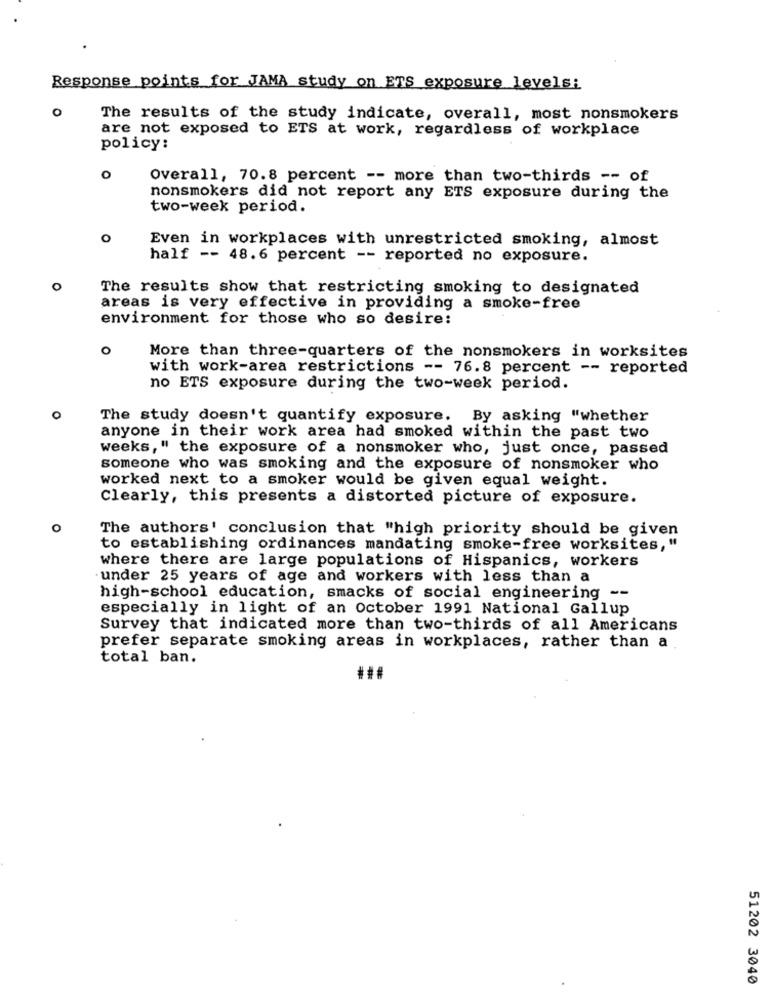
Response points for JAMA study on ETS exposure levels;
0
The results of the study indicate, overall, most nonsmokers
are not exposed to ETS at work, regardless of workplace
policy:
0
Overall, 70.8 percent -- more than two-thirds -- of
nonsmokers did not report any ETS exposure during the
two-week period.
O
Even in workplaces with unrestricted smoking, almost
half -- 48.6 percent -- reported no exposure.
O
The results show that restricting smoking to designated
areas is very effective in providing a smoke-free
environment for those who so desire:
O
More than three-quarters of the nonsmokers in worksites
with work-area restrictions -- 76.8 percent -- reported
no ETS exposure during the two-week period.
The study doesn't quantify exposure. By asking "whether
anyone in their work area had smoked within the past two
weeks," the exposure of a nonsmoker who, just once, passed
someone who was smoking and the exposure of nonsmoker who
worked next to a smoker would be given equal weight.
Clearly, this presents a distorted picture of exposure.
O
The authors' conclusion that "high priority should be given
to establishing ordinances mandating smoke-free worksites,"
where there are large populations of Hispanics, workers
under 25 years of age and workers with less than a
high-school education, smacks of social engineering --
especially in light of an October 1991 National Gallup
Survey that indicated more than two-thirds of all Americans
prefer separate smoking areas in workplaces, rather than a
total ban.
###
51202 3040